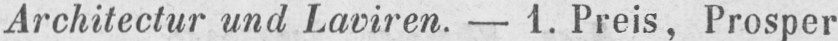
Architectur und Laviren. - 1. Preis, Prosper